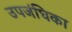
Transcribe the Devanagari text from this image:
उपजंघिका